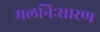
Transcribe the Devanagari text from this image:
मलनिःसारण